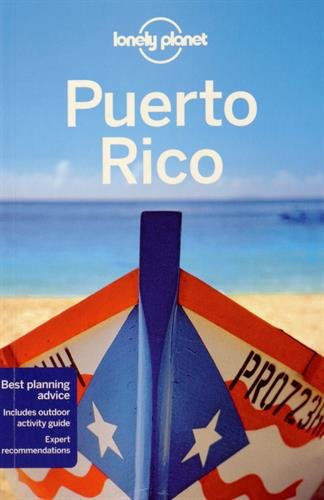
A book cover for Lonely Planet Puerto Rico (Travel Guide); Lonely Planet; Travel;